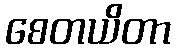
စေတယိတာ